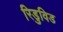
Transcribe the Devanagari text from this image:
रिडुविड